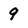
Character: 9